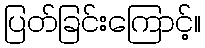
ပြတ်ခြင်းကြောင့်။